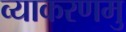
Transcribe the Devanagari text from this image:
व्याकरणमु